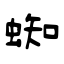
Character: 蜘